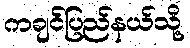
ကချင်ပြည်နယ်သို့